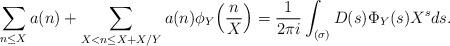
LaTeX: \begin{align*} \sum_{n \leq X} a(n) + \sum_{X < n \leq X + X/Y} a(n) \phi_Y\Big(\frac{n}{X}\Big) = \frac{1}{2\pi i} \int_{(\sigma)} D(s) \Phi_Y(s) X^s ds.\end{align*}